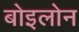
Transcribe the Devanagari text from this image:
बोइलोन